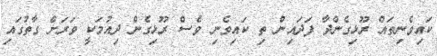
ކައިވެނިތައް ރޫޅިގެންދާ ފަދައިން ތި ކައިވެނި ވެސް ރޫޅިގެން ދިއުމަކީ ވަރަށް ގާތުގައި